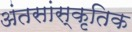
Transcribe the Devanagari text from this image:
अंतसांस्कृतिक